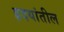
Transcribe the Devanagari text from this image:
हृदयांतील